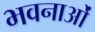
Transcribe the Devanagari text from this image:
भवनाओं